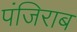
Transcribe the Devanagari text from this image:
पंजिराब